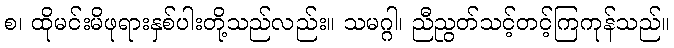
စ၊ ထိုမင်းမိဖုရားနှစ်ပါးတို့သည်လည်း။ သမဂ္ဂါ၊ ညီညွတ်သင့်တင့်ကြကုန်သည်။